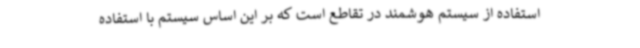
استفاده از سیستم هوشمند در تقاطع است که بر این اساس سیستم با استفاده